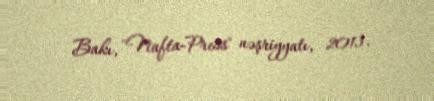
Bakı, "Nafta-Press" nəşriyyatı, 2013.